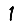
Digit: 1